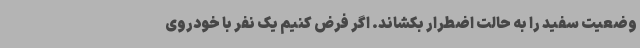
وضعیت سفید را به حالت اضطرار بکشاند. اگر فرض کنیم یک نفر با خودروی